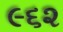
૯૬૨